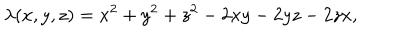
\lambda ( x , y , z ) = x ^ { 2 } + y ^ { 2 } + z ^ { 2 } - 2 x y - 2 y z - 2 z x ,